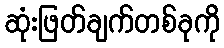
ဆုံးဖြတ်ချက်တစ်ခုကို